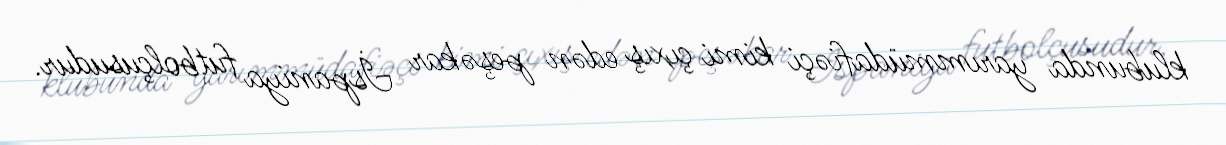
klubunda yarımmüdafiəçi kimi çıxış edən peşəkar İspaniya futbolçusudur.